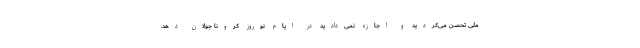
ملی تحصن می‌کردید و اجازه نمی‌دادید در ایام نوروز کرونا جولان دهد.